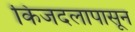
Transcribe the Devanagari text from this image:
किंजदलापासून